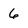
Character: 6